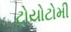
ટોયોટોમી